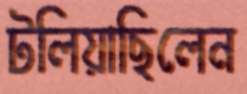
টলিয়াছিলেন